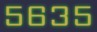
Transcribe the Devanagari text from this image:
५६३५